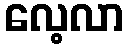
လေ့လာ